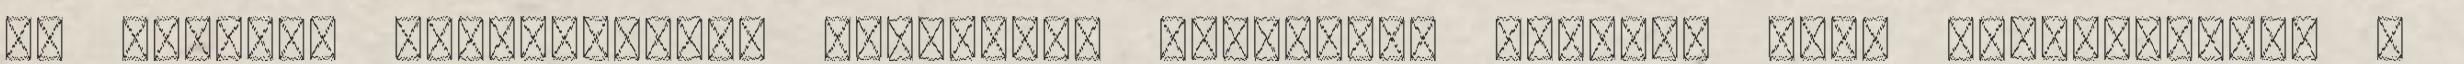
is gyakran segélyeztem. Koronkint el-eljárt hozzám, mint képviselőhöz a